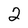
Character: 2